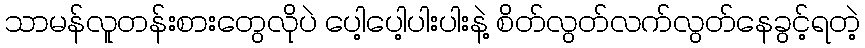
သာမန်လူတန်းစားတွေလိုပဲ ပေါ့ပေါ့ပါးပါးနဲ့ စိတ်လွတ်လက်လွတ်နေခွင့်ရတဲ့